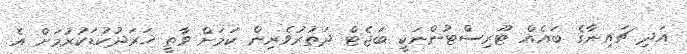
އަދި ޗައިނާގެ ބައެއް ޓޫރިސްޓުންނަކީ ބަޖެޓް ދަތުރުވެރިން ކަމަށް ވާތީ ޚަރަދުކުޑަކުރުމަށް އެ